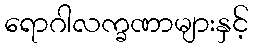
ရောဂါလက္ခဏာများနှင့်